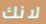
لانك